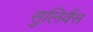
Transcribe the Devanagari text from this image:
सुलिवैंस